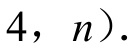
$4,\ n)$.